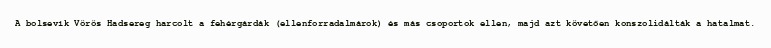
A bolsevík Vörös Hadsereg harcolt a fehérgárdák (ellenforradalmárok) és más csoportok ellen, majd azt követően konszolidálták a hatalmat.